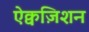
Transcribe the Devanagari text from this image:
ऐक्वज़िशन